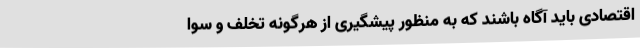
اقتصادی باید آگاه باشند که به‌ منظور پیشگیری از هرگونه تخلف و سوا